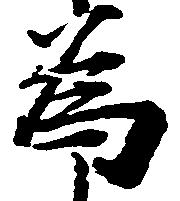
為